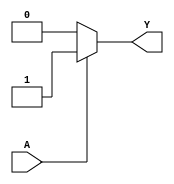
module single_variable_kmap (
    input wire A,  // Single binary input
    output wire Y  // Output based on K-map logic
);

// Define the output logic based on the K-map
assign Y = (A == 1'b1) ? 1'b1 : 1'b0; // Y = 1 when A = 1, otherwise Y = 0

endmodule